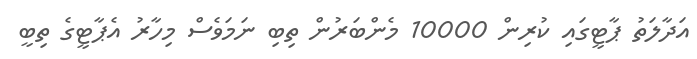
އަދާލަތު ޕާޓީގައި ކުރިން 10000 މެންބަރުން ތިބި ނަމަވެސް މިހާރު އެޕާޓީގެ ތިބީ